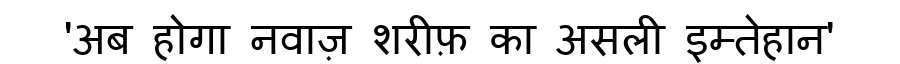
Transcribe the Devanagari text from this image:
'अब होगा नवाज़ शरीफ़ का असली इम्तेहान'